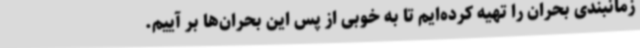
زمانبندی بحران را تهیه کرده‌ایم تا به خوبی از پس این بحران‌ها بر آییم.